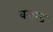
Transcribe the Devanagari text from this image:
वसाड